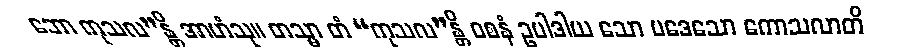
ဘော ကုသလ”န္တိ အာဟံသု။ တသ္မာ တံ “ကုသလ”န္တိ ဝစနံ ဥပါဒါယ သော ပဒေသော ကောသလာတိ